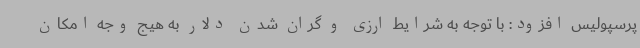
پرسپولیس افزود: با توجه به شرایط ارزی و گران شدن دلار به هیج وجه امکان